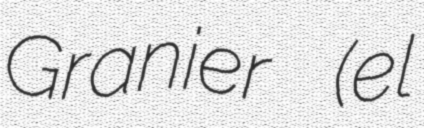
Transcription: Granier (el